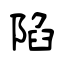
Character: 陷